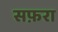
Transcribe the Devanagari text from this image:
सफ़रा